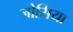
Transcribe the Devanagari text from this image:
जोसिया